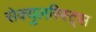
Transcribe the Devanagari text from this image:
सेक्युलरिस्ट्स